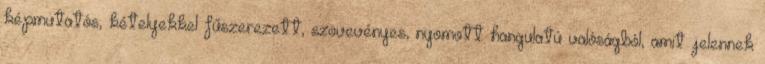
képmutatós, kételyekkel fűszerezett, szövevényes, nyomott hangulatú valóságból, amit jelennek